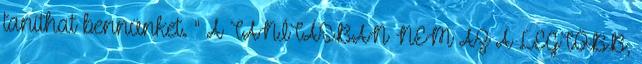
taníthat bennünket. " A TANÍTÁSBAN NEM AZ A LEGTÖBB,